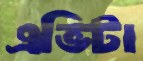
এভিটা